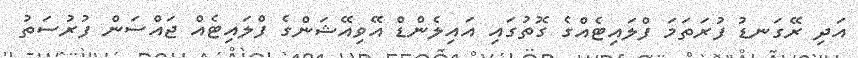
އަދި ރޭގަނޑު ފުރަތަމަ ފްލައިޓެއްގެ ގޮތުގައި އައިލެންޑް އޭވިއޭޝަންގެ ފްލައިޓެއް ޖައްސަން ފުރުސަތު